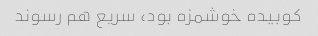
کوبیده خوشمزه بود، سریع هم رسوند